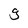
Character: g